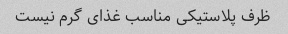
ظرف پلاستیکی مناسب غذای گرم نیست